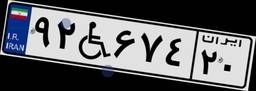
۹۲W۴۵۷۳۳